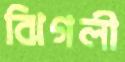
ঝিগলী